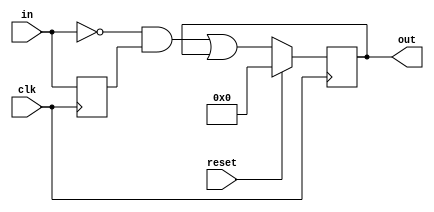
module top_module (
    input clk,
    input reset,
    input [31:0] in,
    output reg [31:0] out
);
    
    reg [31:0] last_in;
    
    always @(posedge clk) begin
        last_in <= in;
        out <= reset ? 32'h00000000 : (~in & last_in) | out;
    end

endmodule